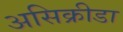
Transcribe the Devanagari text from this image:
असिक्रीडा